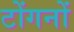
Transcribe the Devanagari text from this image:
टोंगनों